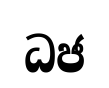
ධජ